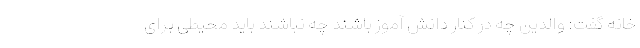
خانه گفت: والدین چه در کنار دانش آموز باشند چه نباشند باید محیطی برای